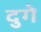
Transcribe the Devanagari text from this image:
दुगे